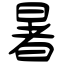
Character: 暑